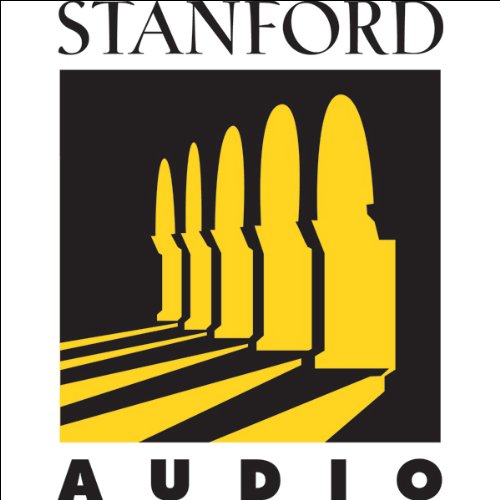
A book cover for The Tragedy of Hamlet; Ronald A. Rebholz (Professor; Literature & Fiction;